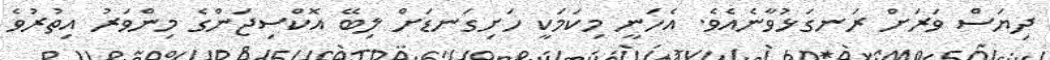
ދިޔަސް ވަރަށް ރަނގަޅުވާނެއެވެ. އެހަނީ މިކަމަކީ ހަށިގަނޑަށް ލިބޭ އޮކްސިޖަންގެ މިންވަރު އިތުރުވެ